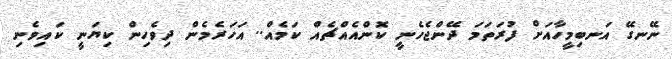
ނޭނގޭ އަނބިމީހާއަށް ފުރަތަމަ ދޭންޖެހެނީ ކޮންއެއްޗެއް ކަމެއް.. އަހަރެމެން ދިވެހިން ކިޔަނީ ކައިވެނި